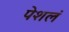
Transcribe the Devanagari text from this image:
पेशलं